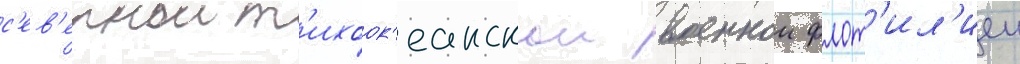
с'ев'ернои т'ихоок'еанскои военнои флот'ил'иеи